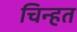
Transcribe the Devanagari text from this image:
चिन्हत